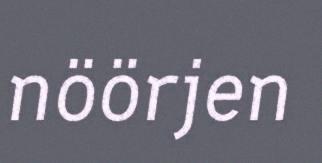
nöörjen